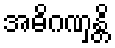
အဓိဂဏှန္တိ